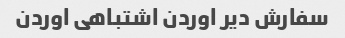
سفارش دیر اوردن اشتباهی اوردن